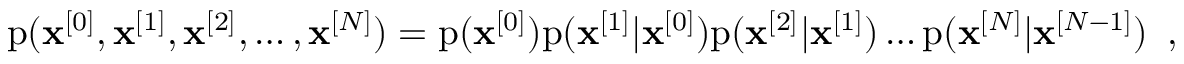
\mathrm { p } ( \mathbf { x } ^ { [ 0 ] } , \mathbf { x } ^ { [ 1 ] } , \mathbf { x } ^ { [ 2 ] } , \ldots , \mathbf { x } ^ { [ N ] } ) = \mathrm { p } ( \mathbf { x } ^ { [ 0 ] } ) \mathrm { p } ( \mathbf { x } ^ { [ 1 ] } | \mathbf { x } ^ { [ 0 ] } ) \mathrm { p } ( \mathbf { x } ^ { [ 2 ] } | \mathbf { x } ^ { [ 1 ] } ) \ldots \mathrm { p } ( \mathbf { x } ^ { [ N ] } | \mathbf { x } ^ { [ N - 1 ] } ) \enspace ,